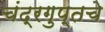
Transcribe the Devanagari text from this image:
चंद्रगुप्तचे